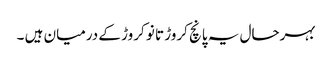
بہرحال یہ پانچ کروڑ تا نو کروڑ کے درمیان ہیں ۔